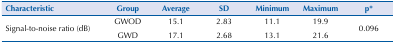
<table><thead><tr><td><b>Characteristic</b></td><td><b>Group</b></td><td><b>Average</b></td><td><b>SD</b></td><td><b>Minimum</b></td><td><b>Maximum</b></td><td><b>p*</b></td></tr></thead><tbody><tr><td rowspan="2">Signal-to-noise ratio (dB)</td><td>GWOD</td><td>15.1</td><td>2.83</td><td>11.1</td><td>19.9</td><td rowspan="2">0.096</td></tr><tr><td>GWD</td><td>17.1</td><td>2.68</td><td>13.1</td><td>21.6</td></tr></tbody></table>